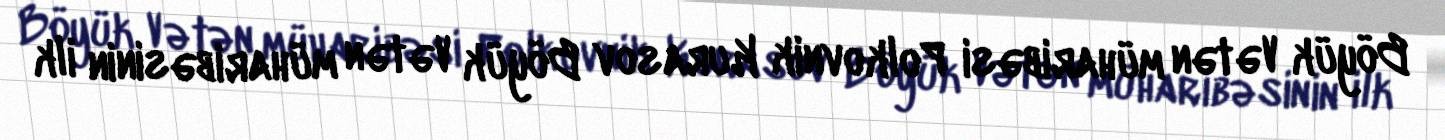
Böyük Vətən müharibəsi Polkovnik Kurasov Böyük Vətən müharibəsinin ilk